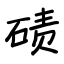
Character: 碛